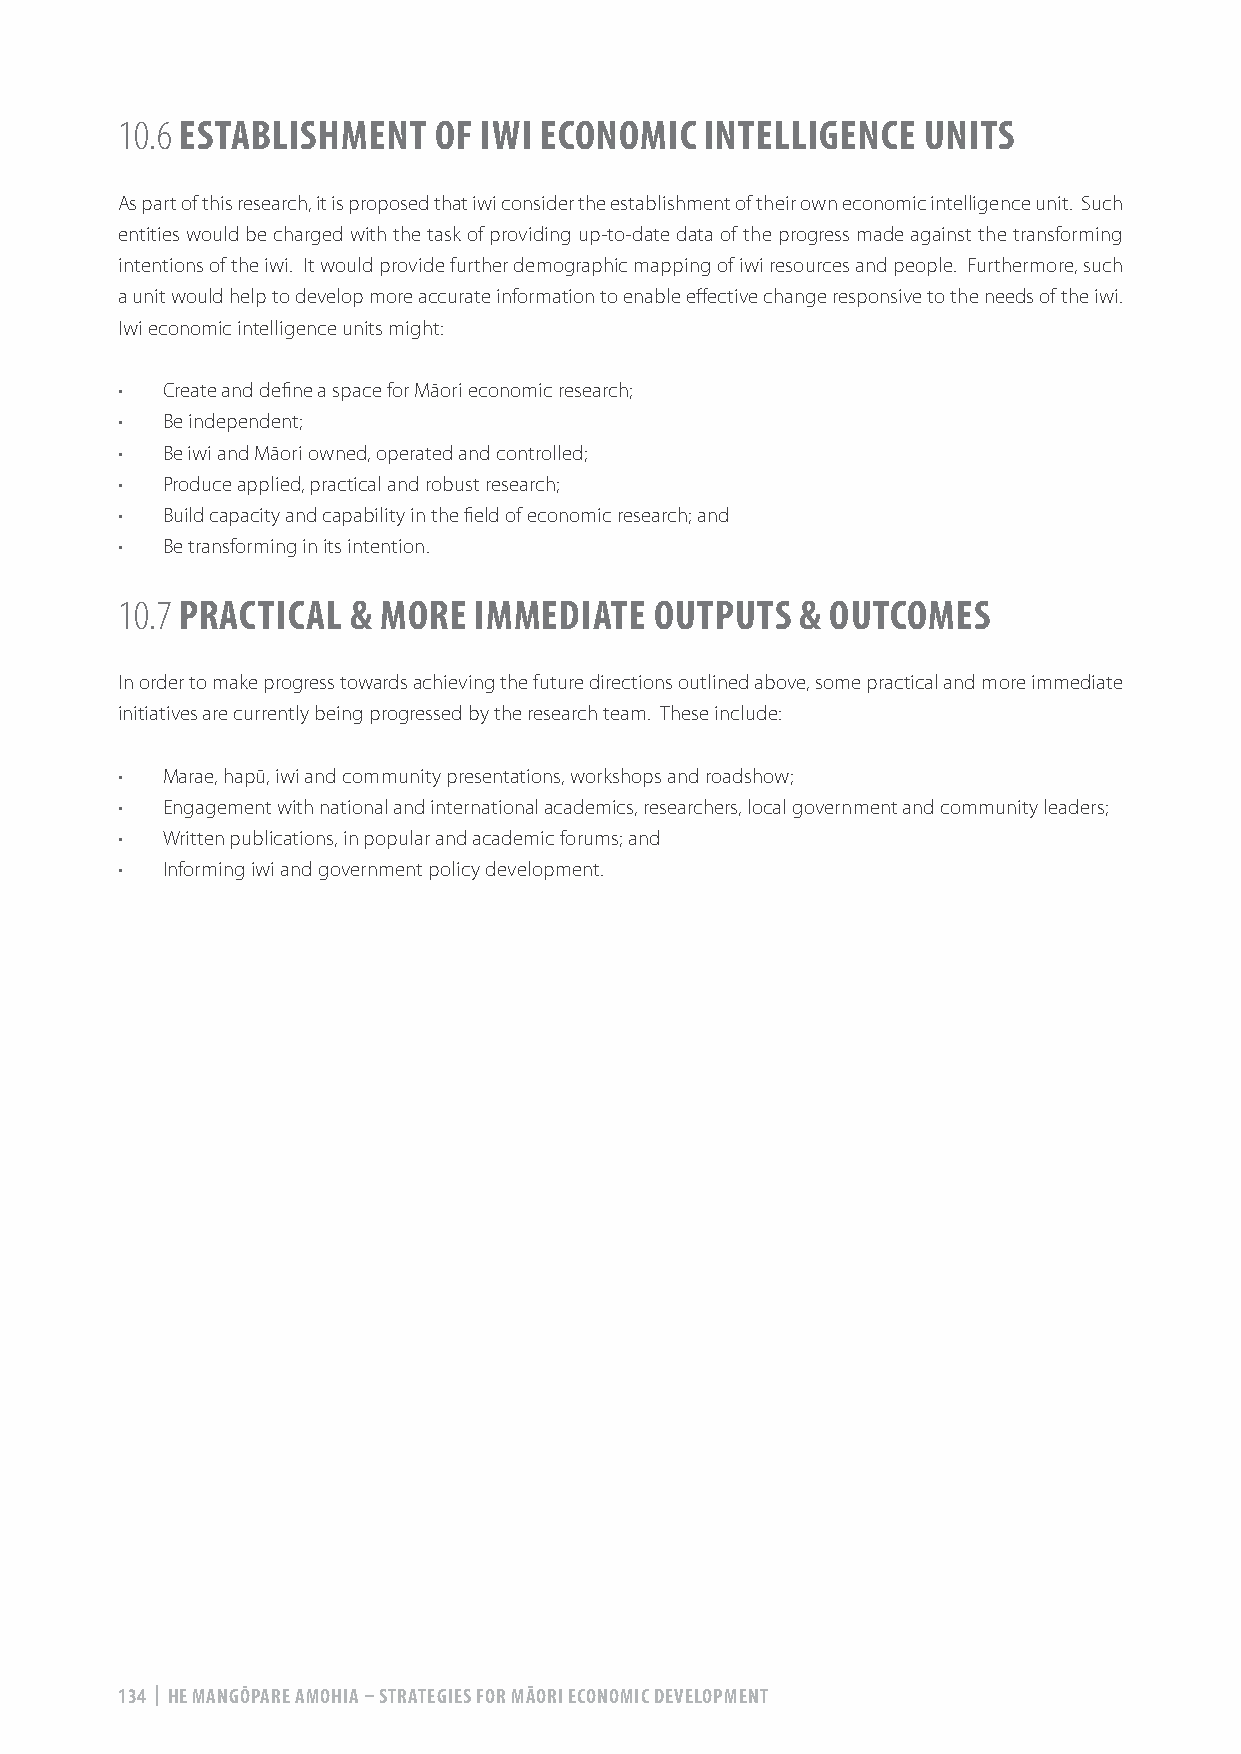
10.6 ESTABLISHMENT   OF IWI ECONOMIC   INTELLIGENCE  UNITS
 As part of this research, it is proposed that iwi consider the establishment of their own economic intelligence unit. Such
 entities would be charged with the task of providing up-to-date data of the progress made against the transforming
 intentions of the iwi. It would provide further demographic mapping of iwi resources and people. Furthermore, such
 a unit would help to develop more accurate information to enable effective change responsive to the needs of the iwi.
 Iwi economic intelligence units might:
 •  Create and define a space for Māori economic research;
 •  Be independent;
 •  Be iwi and Māori owned, operated and controlled;
 •  Produce applied, practical and robust research;
 •  Build capacity and capability in the field of economic research; and
 •  Be transforming in its intention.
 10.7 PRACTICAL & MORE  IMMEDIATE   OUTPUTS   & OUTCOMES
 In order to make progress towards achieving the future directions outlined above, some practical and more immediate
 initiatives are currently being progressed by the research team. These include:
 •  Marae, hapū, iwi and community presentations, workshops and roadshow;
 •  Engagement with national and international academics, researchers, local government and community leaders;
 •  Written publications, in popular and academic forums; and
 •  Informing iwi and government policy development.
 134 | HE MANGŌPARE AMOHIA – STRATEGIES FOR MĀORI ECONOMIC DEVELOPMENT